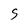
Character: S